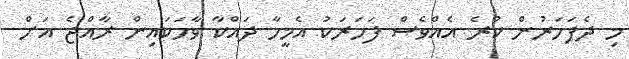
މި ދެފަހަރުން ކުރެ އެއްވެސް ފަހަރަކު އެމީހާ ދައްކާ ވާހަކައިން ރާއްޖެ އަށް